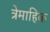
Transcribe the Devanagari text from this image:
त्रेमाहिक